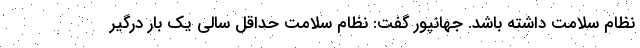
نظام سلامت داشته باشد. جهانپور گفت: نظام سلامت حداقل سالی یک بار درگیر